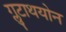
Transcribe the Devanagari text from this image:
ग्लुटाथयोन